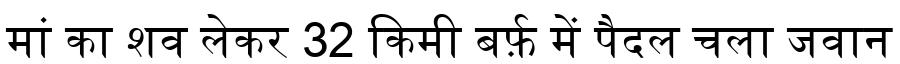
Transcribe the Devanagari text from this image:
मां का शव लेकर 32 किमी बर्फ़ में पैदल चला जवान